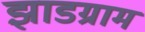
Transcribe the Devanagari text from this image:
झाडग्राम